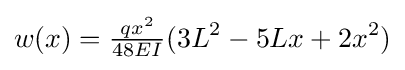
w(x)={\tfrac {qx^{2}}{48EI}}(3L^{2}-5Lx+2x^{2})